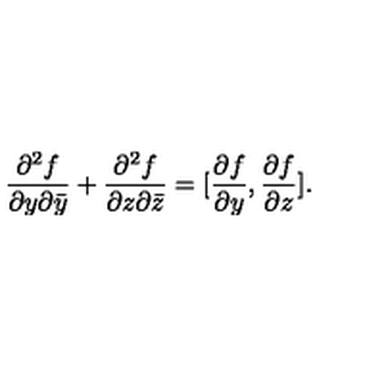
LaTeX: \frac { \partial ^ { 2 } f } { \partial y \partial \bar { y } } + \frac { \partial ^ { 2 } f } { \partial z \partial \bar { z } } = [ \frac { \partial f } { \partial y } , \frac { \partial f } { \partial z } ] .